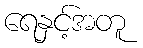
ရေနှင့်အတူ